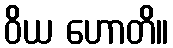
ဝိယ ဟောတိ။